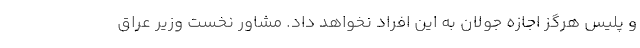
و پلیس هرگز اجازه جولان به این افراد نخواهد داد. مشاور نخست وزیر عراق